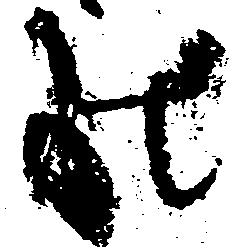
の